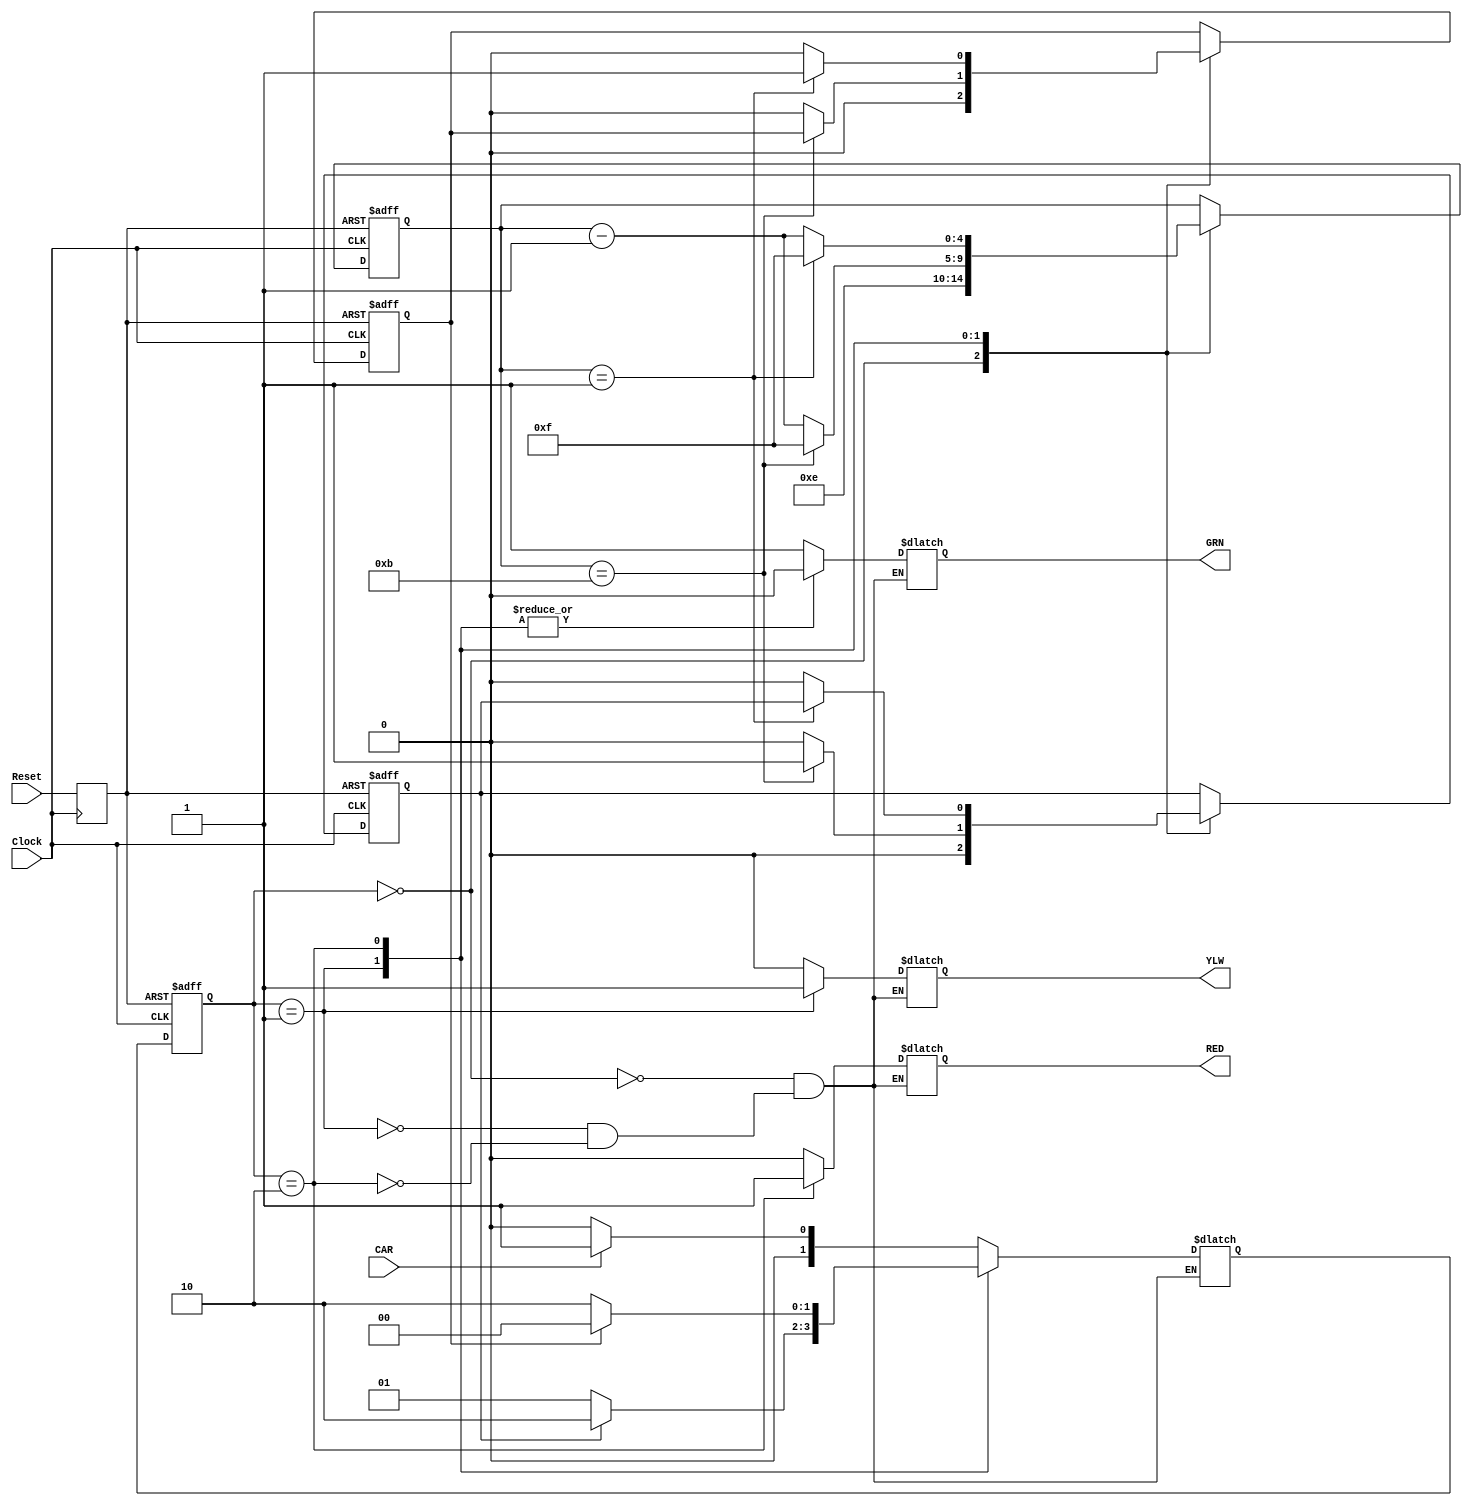
module fsm2_behavioral (output reg GRN, YLW, RED,
			input wire Clock, Reset, CAR);

	reg [1:0] current_state, next_state;
	reg [4:0] CNT;
	reg TIMEOUT, YLWTIMEOUT, Reset_sy;

	parameter green = 2'b00,
		  yellow = 2'b01,
		  red = 2'b10;


	// Sichrono reset-------------------------------------------------------------------------------------------------------------------------
	always @ (posedge Clock)
	 begin
		Reset_sy <= Reset;
	 end


	// Apothikeush Katastashs----------------------------------------------------------------------------------------------------------------------------
	always @ (posedge Clock or negedge Reset_sy)
	 begin: STATE_MEMORY
	  if (!Reset_sy)
		current_state <= yellow;
	  else
		current_state <= next_state;
	end
	  
	
	// Aparithmiths--------------------------------------------------------------------------------------------------------------------
	always @ (posedge Clock or negedge Reset_sy)
	 begin: COUNTER
	  if (!Reset_sy)
	   begin
		CNT <= 13;
		TIMEOUT <= 0;
		YLWTIMEOUT <= 0;
	   end
	  else
	   begin
		case (current_state)
		 green: begin
			 CNT <= 14;
			 TIMEOUT <= 0;
			 YLWTIMEOUT <= 0;
			 end
	  	 yellow: if (CNT==11)
			 begin
			 CNT <= 15;
			 YLWTIMEOUT <= 1;
			 end
			else
			 begin
			 CNT <= CNT-1;
			 YLWTIMEOUT <= 0;
			 TIMEOUT <= 0;
			 end
		 red: if (CNT==1)
			 begin
			 CNT <= 15;
			 TIMEOUT <= 1;
			 end
			else
			 begin
			 CNT <= CNT-1;
			 TIMEOUT <= 0;
			 YLWTIMEOUT <= 0;
			 end
	      	endcase
	   end
	end
	  


	// Epomenh Katastash--------------------------------------------------------------------------------------------------------------------
	always @ (current_state or CAR or YLWTIMEOUT or TIMEOUT)
	 begin: NEXT_STATE_LOGIC
	  case (current_state)
	   green : if (CAR==1'b1) next_state = yellow;
	  	else next_state = green;

	   yellow : if (YLWTIMEOUT==1) next_state = red;
		else next_state = yellow;
	   
	    red : if (TIMEOUT==1) next_state = green;
		else next_state = red;
	   endcase
	  end
 



	// Exodos--------------------------------------------------------------------------------------------------------------------
	always @ (current_state or CAR)
	 begin: OUTPUT_LOGIC
	  case (current_state)
	   green : 
		begin
		 GRN = 1'b1;
		 YLW = 1'b0;
		 RED = 1'b0;
		end
	   yellow :
		begin
		 GRN = 1'b0;
		 YLW = 1'b1;
		 RED = 1'b0;
		end
	   red : 
		begin
		 GRN = 1'b0;
		 YLW = 1'b0;
		 RED = 1'b1;
		end

	  endcase
	end

endmodule